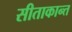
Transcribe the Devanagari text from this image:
सीताकान्त